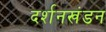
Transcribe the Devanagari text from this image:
दर्शनखंडन